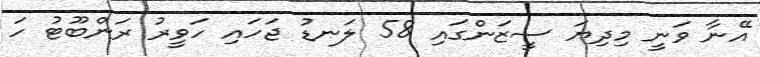
އޭނާ ވަނީ މިދިޔަ ސީޒަންގައި 58 ލަނޑު ޖަހައި ހަވީރު ރަންބޫޓު ހަ